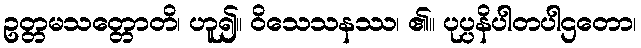
ဥတ္တမသတ္တောတိ၊ ဟူ၍။ ဝိသေသနဿ၊ ၏။ ပုပ္ပနိပါတပါဌတော၊